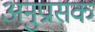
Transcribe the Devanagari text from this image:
अनुप्रासक